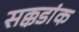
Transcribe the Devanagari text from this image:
सक्कडांक